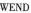
WEND